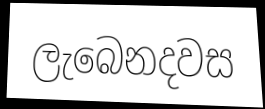
ලැබෙනදවස